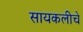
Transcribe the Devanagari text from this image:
सायकलीचे